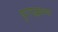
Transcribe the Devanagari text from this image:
युगनद्धकथा